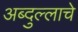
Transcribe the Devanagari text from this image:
अब्दुल्लाचे